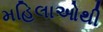
મહિલાઓથી